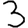
Digit: 3